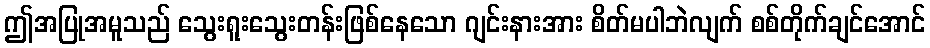
ဤအပြုအမူသည် သွေးရူးသွေးတန်းဖြစ်နေသော ဂျင်းနားအား စိတ်မပါဘဲလျက် စစ်တိုက်ချင်အောင်